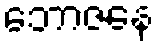
ဘောဇနေ